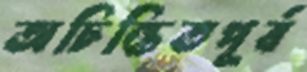
অচিন্তিতপূর্ব